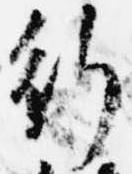
行